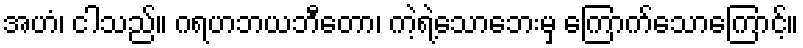
အဟံ၊ ငါသည်။ ဂရဟဘယဘီတော၊ ကဲ့ရဲ့သောဘေးမှ ကြောက်သောကြောင့်။